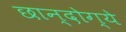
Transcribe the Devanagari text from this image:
छान्दोग्ये